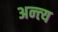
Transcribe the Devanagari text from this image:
अन्‍त्‍य